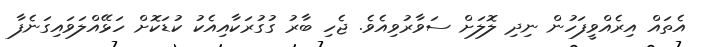
އެތައް އިރެއްވީފަހުން ނިދި ލޮލަށް ސަވާރުވިއެވެ. ޖެހި ބާރު ގުގުރަކާއިއެކު ކުޑަކޮށް ހަޅޭއްލަވައިގަނެފާ